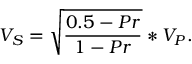
V _ { S } = \sqrt { \frac { 0 . 5 - P r } { 1 - P r } } * V _ { P } .